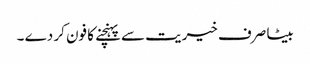
بیٹا صرف خیریت سے پہنچنے کا فون کر دے ۔